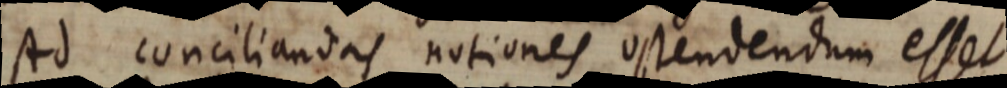
Ad conciliandas notiones ostendendum esset